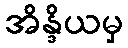
အိန္ဒိယမှ